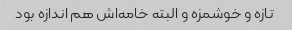
تازه و خوشمزه و البته خامه‌اش هم اندازه بود